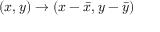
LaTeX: ( x , y ) \to ( x - { \bar { x } } , y - { \bar { y } } )